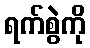
ရက်စွဲကို